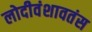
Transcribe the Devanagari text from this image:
लोदीवंशावतंस